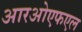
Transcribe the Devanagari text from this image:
आरओएफएल